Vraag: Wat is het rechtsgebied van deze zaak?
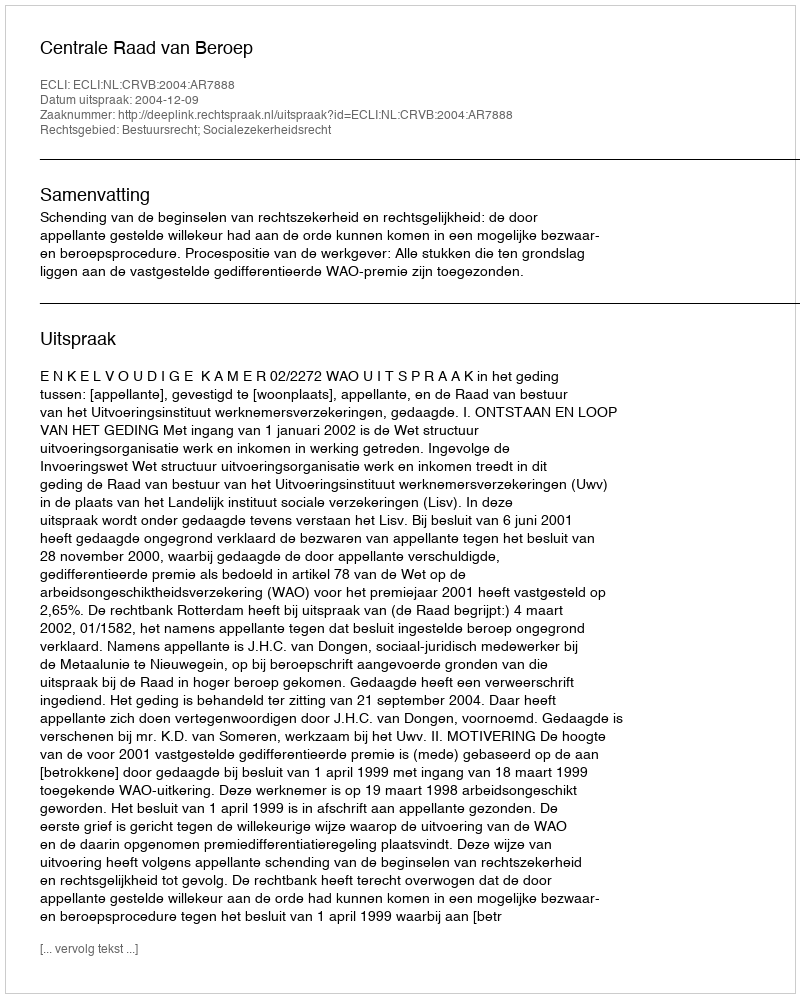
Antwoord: Bestuursrecht; Socialezekerheidsrecht